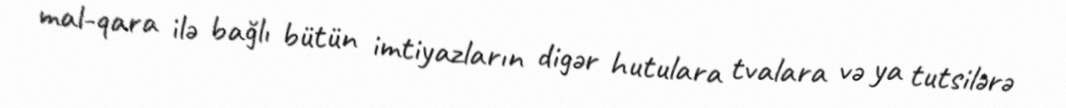
mal-qara ilə bağlı bütün imtiyazların digər hutulara tvalara və ya tutsilərə